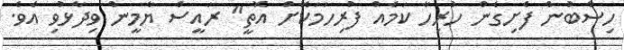
ހިސާބުން ފެށިގެން ހުރިހާ ކަމެއް ފުރިހަމަކޮށް އޮތީ" ރައީސް ޔާމީން ވިދާޅުވި އެވެ.